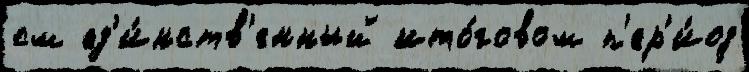
см ед'и́нств'енный ито́говом п'ер'и́од